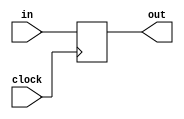
module program_counter(out,in,clock);
 
input [31:0] in;
input clock;

output reg [31:0] out;


initial begin
	out <= 32'b0;
end


always @(posedge clock)
begin
	out <= in;
end

endmodule